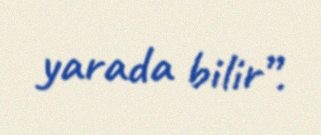
yarada bilir”.